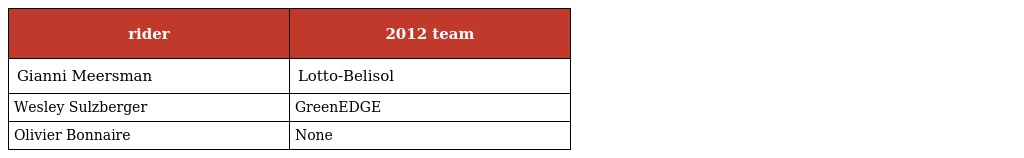
| rider | 2012 team |
 | --- | --- |
 | Gianni Meersman | Lotto-Belisol |
 | Wesley Sulzberger | GreenEDGE |
 | Olivier Bonnaire | None |